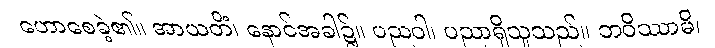
ဟောစေခဲ့၏။ အာယတိံ၊ နောင်အခါ၌။ ပညဝါ၊ ပညာရှိသူသည်။ ဘဝိဿာမိ၊